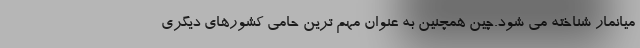
میانمار شناخته می شود.چین همچنین به عنوان مهم ترین حامی کشورهای دیگری